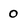
Character: 0